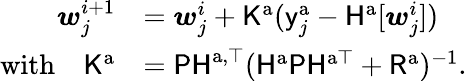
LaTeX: \begin{array}{rl}{\boldsymbol{w}_{j}^{i+1}}&{=\boldsymbol{w}_{j}^{i}+\mathsf{K}^{\mathrm{a}}(\mathsf{y}_{j}^{\mathrm{a}}-\mathsf{H}^{\mathrm{a}}[\boldsymbol{w}_{j}^{i}])}\\ {\mathrm{with}\quad\mathsf{K}^{\mathrm{a}}}&{=\mathsf{PH}^{\mathrm{a},\top}(\mathsf{H}^{\mathrm{a}}\mathsf{P}\mathsf{H}^{\mathrm{a}\top}+\mathsf{R}^{\mathrm{a}})^{-1}\mathrm{.}}\end{array}